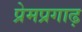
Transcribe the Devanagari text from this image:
प्रेमप्रगाढ़